Annual report of the Imperial Bacteriological Laboratory, Muktesar
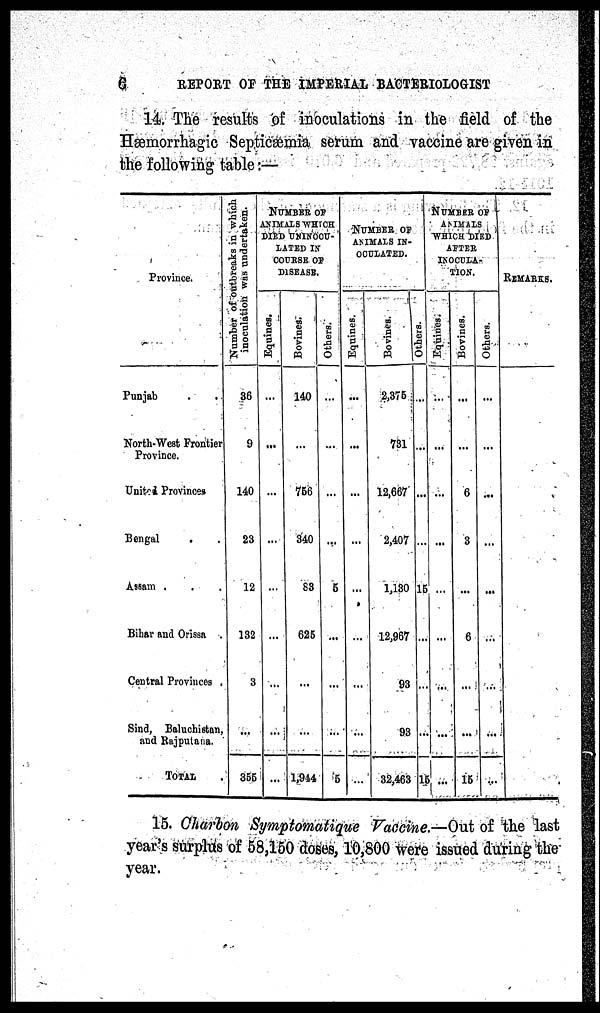
6
REPORT OF THE IMPERIAL BACTERIOLOGIST
14. The results of inoculations in the field of the
Hæmorrhagic Septicæmia serum and vaccine are given in
the following table :—
Province.
Punjab
North-West Frontier
Pvovince.
United Provinces
Bengal
Assam
Bihar and Orissa
Central Provinces .
Sind, Baluchistan.
and Rajputana.
TOTAL
Number of outbreaks in which
inoculation was undertaken.
36
9
1.10
23
12
132
3
355
NUMBER OF
ANIMALS WHITCH
DIED
UNINOCU¬
LATED IN
COURSE OF
DISEASE
Equines.
...
...
...
...
...
...
...
...
Bovines.
140
756
3.40
83
625
...
1,914
Others
...
...
5
...
5
NUMBER OF
ANIMALS IN¬
OCLULATED
Equines.
...
...
Bovines.
2,375
731
12,667
2,497
1,130
12,967
93
93
32,463
NUMBER OF
ANIMALS
WHICH DIED
AFTER
INOCULA¬
TION.
Others.
...
15
15
Equines.
...
...
...
Bovines.
6
3
6
15
Others.
...
...
...
REMARKS.
15. Charbon Symptomatique Vaccine.—Out of the last
year's surplus of 58,150 doses, 10,800 were issued during the
year.